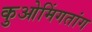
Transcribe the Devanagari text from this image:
कुओमिंगतांग